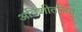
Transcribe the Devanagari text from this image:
अतिशीतलित